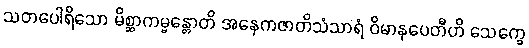
သတပေါရိသော မိစ္ဆာကမ္မန္တောတိ အနေကဇာတိသံသာရံ ဝိမာနပေတီဟိ သေက္ခေ